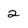
Character: 2